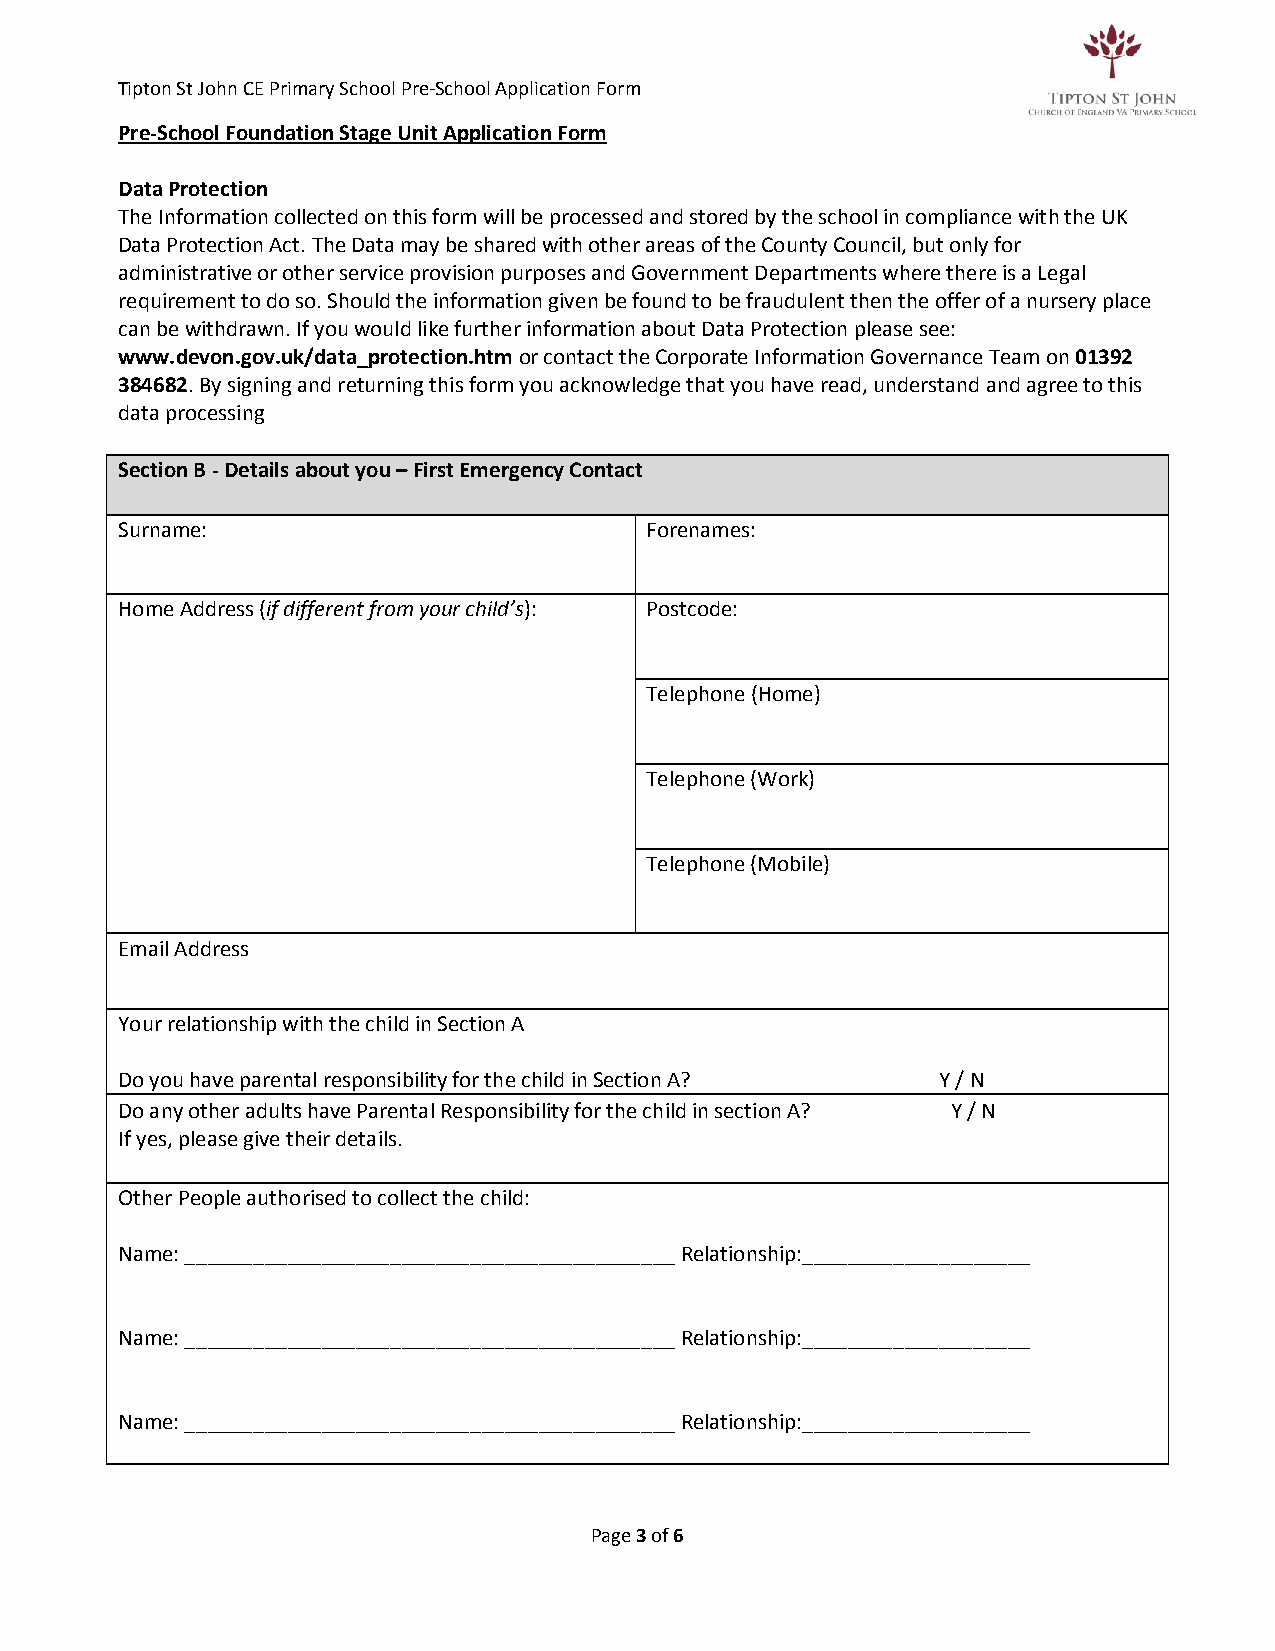
Tipton St John CE Primary School Pre-School Application Form
 Pre-School Foundation Stage Unit Application Form
 Data Protection
 The Information collected on this form will be processed and stored by the school in compliance with the UK
 Data Protection Act. The Data may be shared with other areas of the County Council, but only for
 administrative or other service provision purposes and Government Departments where there is a Legal
 requirement to do so. Should the information given be found to be fraudulent then the offer of a nursery place
 can be withdrawn. If you would like further information about Data Protection please see:
 www.devon.gov.uk/data_protection.htm or contact the Corporate Information Governance Team on 01392
 384682. By signing and returning this form you acknowledge that you have read, understand and agree to this
 data processing.
 Section B - Details about you – First Emergency Contact
 Surname:                           Forenames:
 Home Address (if different from your child’s): Postcode:
 Telephone (Home)
 Telephone (Work)
 Telephone (Mobile)
 Email Address
 Your relationship with the child in Section A
 Do you have parental responsibility for the child in Section A? Y / N
 Do any other adults have Parental Responsibility for the child in section A? Y / N
 If yes, please give their details.
 Other People authorised to collect the child:
 Name: ___________________________________________ Relationship:____________________
 Name: ___________________________________________ Relationship:____________________
 Name: ___________________________________________ Relationship:____________________
 Page 3 of 6